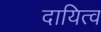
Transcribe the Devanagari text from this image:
दायित्‍व